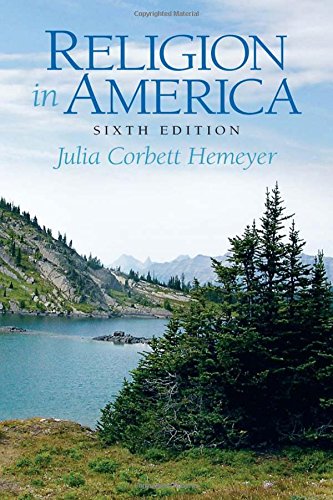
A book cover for Religion in America; Julia Corbett Hemeyer; Religion & Spirituality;